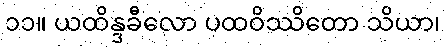
၁၁။ ယထိန္ဒခီလော ပထဝိဿိတော သိယာ၊